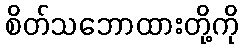
စိတ်သဘောထားတို့ကို